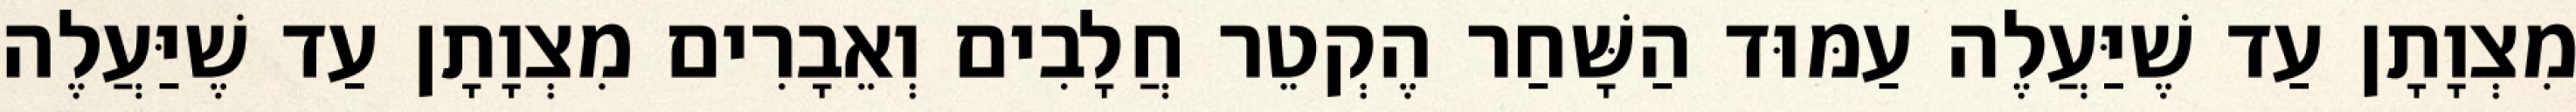
מִצְוָתָן עַד שֶׁיַּעֲלֶה עַמּוּד הַשָּׁחַר הֶקְטֵר חֲלָבִים וְאֵבָרִים מִצְוָתָן עַד שֶׁיַּעֲלֶה